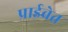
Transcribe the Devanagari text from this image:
प्राईवेत